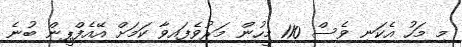
މި މަހު އެކަނި ވެސް 110 މީހުން މަރުވެފައިވާ ކަމަށް އޭއެފްޕީން ބުނެ